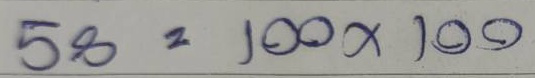
58 = 100x100